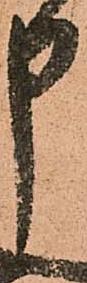
申